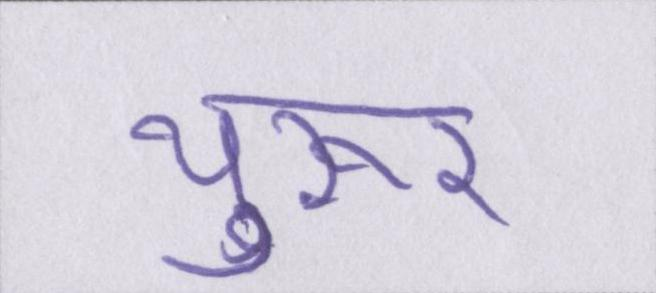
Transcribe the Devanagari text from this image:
थुरूर